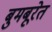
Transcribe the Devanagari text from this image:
बुमबूरेत